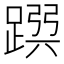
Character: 𨂳